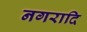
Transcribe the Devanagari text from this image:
नगरादि